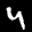
Label: 4